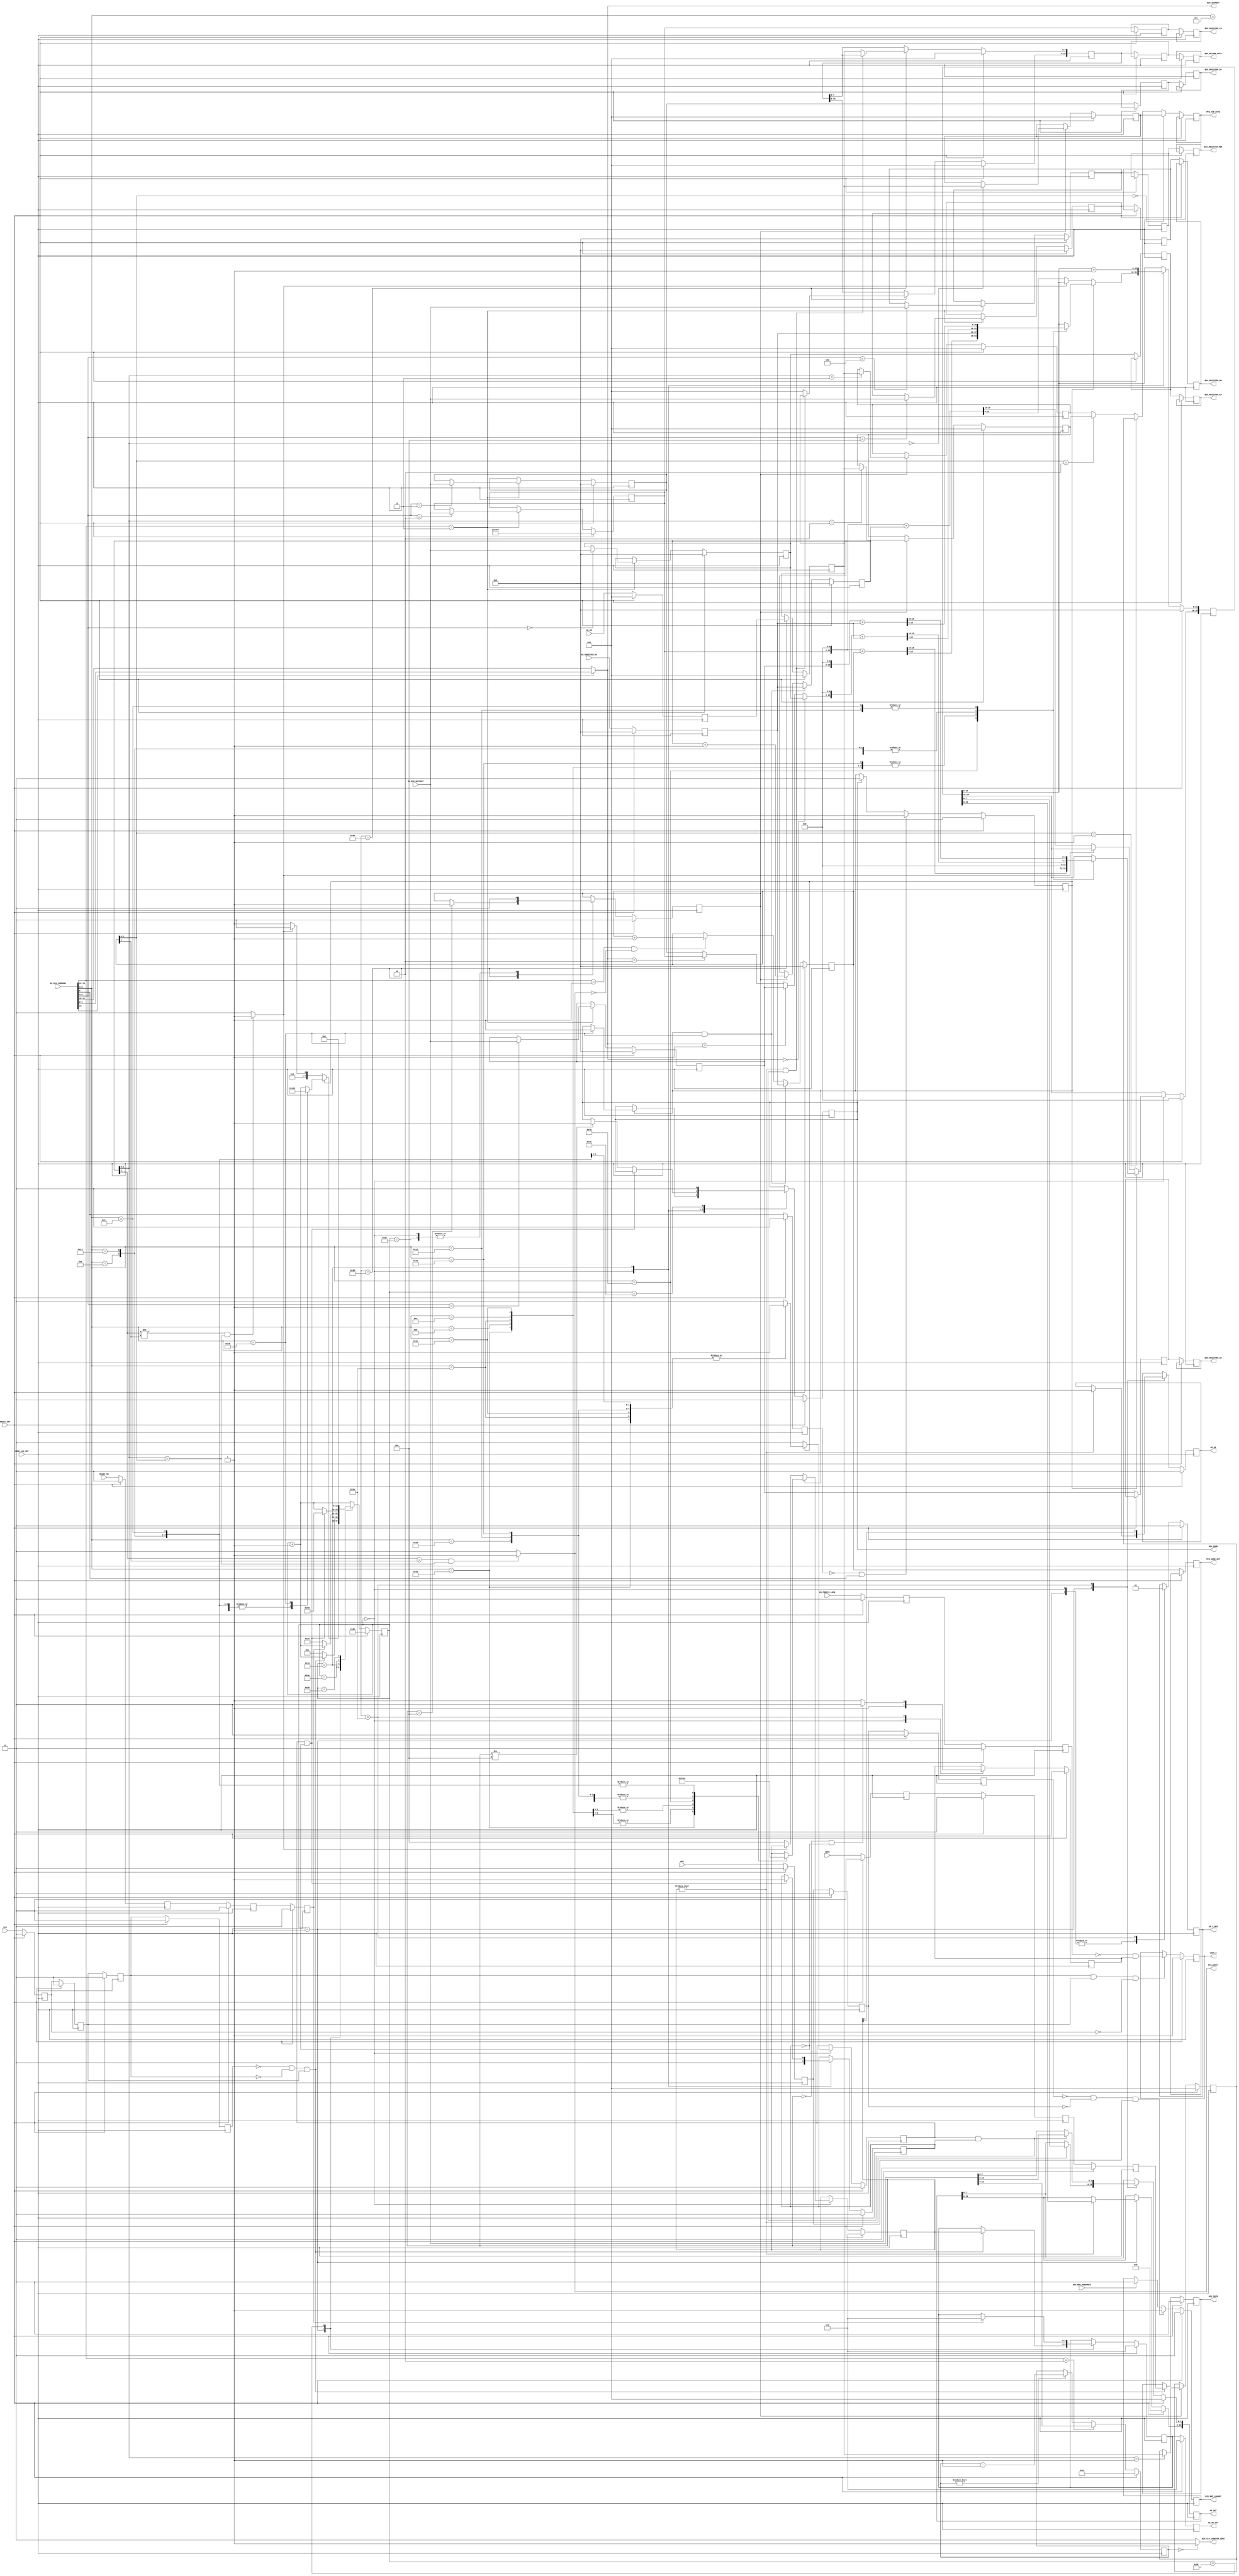
//
//
//  Used on     :
//  Creation    :  10/8/2015
//  Code Type   :  Synthesizable
//
//   Description:
//   ============
//
//  Bus Interface Unit of the i8088 processor in Maximum Bus Mode
//
//------------------------------------------------------------------------
//
// Modification History:
// =====================
//
// Revision 1.0 10/8/15
// Initial revision
//
//
//------------------------------------------------------------------------
//
// Copyright (c) 2020 Ted Fried
//
// Permission is hereby granted, free of charge, to any person obtaining a copy
// of this software and associated documentation files (the "Software"), to deal
// in the Software without restriction, including without limitation the rights
// to use, copy, modify, merge, publish, distribute, sublicense, and/or sell
// copies of the Software, and to permit persons to whom the Software is
// furnished to do so, subject to the following conditions:
//
// The above copyright notice and this permission notice shall be included in all
// copies or substantial portions of the Software.
//
// THE SOFTWARE IS PROVIDED "AS IS", WITHOUT WARRANTY OF ANY KIND, EXPRESS OR
// IMPLIED, INCLUDING BUT NOT LIMITED TO THE WARRANTIES OF MERCHANTABILITY,
// FITNESS FOR A PARTICULAR PURPOSE AND NONINFRINGEMENT. IN NO EVENT SHALL THE
// AUTHORS OR COPYRIGHT HOLDERS BE LIABLE FOR ANY CLAIM, DAMAGES OR OTHER
// LIABILITY, WHETHER IN AN ACTION OF CONTRACT, TORT OR OTHERWISE, ARISING FROM,
// OUT OF OR IN CONNECTION WITH THE SOFTWARE OR THE USE OR OTHER DEALINGS IN THE
// SOFTWARE.
//
//------------------------------------------------------------------------


module biu_max
  (
    input               CORE_CLK_INT,           // Core Clock


    input               CLK,                    // 8088 Pins
    input               RESET_INT,
    input               READY_IN,
    input               NMI,
    input               INTR,
    output reg          LOCK_n,
    output reg          AD_OE,
    output reg [19:0]   AD_OUT,
    input  [7:0]        AD_IN,
    output reg          S6_3_MUX,
    output reg [2:0]    S2_S0_OUT,


    input  [15:0]       EU_BIU_COMMAND,         // EU to BIU Signals
    input  [15:0]       EU_BIU_DATAOUT,
    input  [15:0]       EU_REGISTER_R3,
    input               EU_PREFIX_LOCK,


    output              BIU_DONE,               // BIU to EU Signals
    output              BIU_CLK_COUNTER_ZERO,
    output [1:0]        BIU_SEGMENT,
    output              BIU_NMI_CAUGHT,
    input               BIU_NMI_DEBOUNCE,
    output reg          BIU_INTR,

    output [7:0]        PFQ_TOP_BYTE,
    output              PFQ_EMPTY,
    output[15:0]        PFQ_ADDR_OUT,

    output [15:0]       BIU_REGISTER_ES,
    output [15:0]       BIU_REGISTER_SS,
    output [15:0]       BIU_REGISTER_CS,
    output [15:0]       BIU_REGISTER_DS,
    output [15:0]       BIU_REGISTER_RM,
    output [15:0]       BIU_REGISTER_REG,
    output [15:0]       BIU_RETURN_DATA


  );

//------------------------------------------------------------------------


// Internal Signals

reg   biu_done_int;
reg   biu_lock_n_int;
reg   byte_num;
reg   clk_d1;
reg   clk_d2;
reg   clk_d3;
reg   clk_d4;
reg   eu_biu_req_caught;
reg   eu_biu_req_d1;
reg   eu_prefix_lock_d1;
reg   eu_prefix_lock_d2;
reg   intr_d1;
reg   intr_d2;
reg   intr_d3;
reg   nmi_caught;
reg   nmi_d1;
reg   nmi_d2;
reg   nmi_d3;
reg   pfq_write;
reg   ready_d1;
reg   ready_d2;
reg   ready_d3;
reg   word_cycle;
wire  eu_biu_req;
wire  eu_prefix_seg;
wire  pfq_empty;
reg  [7:0]  ad_in_int;
reg  [19:0] addr_out_temp;
reg  [7:0]  biu_state;
reg  [15:0] biu_register_cs;
reg  [15:0] biu_register_es;
reg  [15:0] biu_register_ss;
reg  [15:0] biu_register_ds;
reg  [15:0] biu_register_rm;
reg  [15:0] biu_register_reg;
reg  [15:0] biu_register_cs_d1;
reg  [15:0] biu_register_es_d1;
reg  [15:0] biu_register_ss_d1;
reg  [15:0] biu_register_ds_d1;
reg  [15:0] biu_register_rm_d1;
reg  [15:0] biu_register_reg_d1;
reg  [15:0] biu_register_cs_d2;
reg  [15:0] biu_register_es_d2;
reg  [15:0] biu_register_ss_d2;
reg  [15:0] biu_register_ds_d2;
reg  [15:0] biu_register_rm_d2;
reg  [15:0] biu_register_reg_d2;
reg  [15:0] biu_return_data_int;
reg  [15:0] biu_return_data_int_d1;
reg  [15:0] biu_return_data_int_d2;
reg  [12:0] clock_cycle_counter;
reg  [15:0] eu_register_r3_d;
reg  [7:0]  latched_data_in;
reg  [15:0] pfq_addr_out;
reg  [7:0]  pfq_entry0;
reg  [7:0]  pfq_entry1;
reg  [7:0]  pfq_entry2;
reg  [7:0]  pfq_entry3;
reg  [15:0] pfq_addr_in;
reg  [7:0]  pfq_top_byte_int_d1;
reg  [15:0] pfq_addr_out_d1;
reg  [2:0]  s_bits;
reg  [2:0]  s2_s0_out_int;
wire [15:0] biu_muxed_segment;
wire [1:0]  biu_segment;
wire [1:0]  eu_biu_strobe;
wire [1:0]  eu_biu_segment;
wire [4:0]  eu_biu_req_code;
wire [1:0]  eu_qs_out;
wire [1:0]  eu_segment_override_value;
wire [7:0]  pfq_top_byte_int;


//------------------------------------------------------------------------
//
// BIU  Combinationals
//
//------------------------------------------------------------------------

// Outputs to the EU
//
assign BIU_DONE                 = biu_done_int;
assign PFQ_EMPTY                = pfq_empty;
assign PFQ_ADDR_OUT             = pfq_addr_out_d1;
assign BIU_SEGMENT              = biu_segment;
assign BIU_REGISTER_ES          = biu_register_es_d2;
assign BIU_REGISTER_SS          = biu_register_ss_d2;
assign BIU_REGISTER_CS          = biu_register_cs_d2;
assign BIU_REGISTER_DS          = biu_register_ds_d2;
assign BIU_REGISTER_RM          = biu_register_rm_d2;
assign BIU_REGISTER_REG         = biu_register_reg_d2;
assign BIU_RETURN_DATA          = biu_return_data_int_d2;
assign BIU_NMI_CAUGHT           = nmi_caught;



// Input signals from the EU requesting BIU processing.
//  eu_biu_strobe[1:0] are available for only one clock cycle and cause BIU to take immediate action.
//  eu_biu_req stays asserted until the BIU is available to service the request.
//
assign eu_prefix_seg                   = EU_BIU_COMMAND[14];
assign eu_biu_strobe[1:0]              = EU_BIU_COMMAND[13:12]; // 01=opcode fetch 10=clock load 11=load segment register(eu_biu_req_code has the regiter#)
assign eu_biu_segment[1:0]             = EU_BIU_COMMAND[11:10];
assign eu_biu_req                      = EU_BIU_COMMAND[9];
assign eu_biu_req_code                 = EU_BIU_COMMAND[8:4];
assign eu_qs_out[1:0]                  = EU_BIU_COMMAND[3:2];  // Updated for every opcode fetch using biu_strobe and Jump request using eu_biu_rq
assign eu_segment_override_value[1:0]  = EU_BIU_COMMAND[1:0];



// Select either the current EU Segment or the Segment Override value.
assign biu_segment =  (eu_prefix_seg==1'b1) ? eu_segment_override_value  : eu_biu_segment;


assign biu_muxed_segment = (biu_segment==2'b00) ? biu_register_es :
                           (biu_segment==2'b01) ? biu_register_ss :
                           (biu_segment==2'b10) ? biu_register_cs :
                                                  biu_register_ds ;


// Steer the Prefetch Queue to the EU
assign pfq_top_byte_int = (pfq_addr_out[1:0]==2'b00) ? pfq_entry0 :
                      (pfq_addr_out[1:0]==2'b01) ? pfq_entry1 :
                      (pfq_addr_out[1:0]==2'b10) ? pfq_entry2 :
                                                   pfq_entry3 ;

assign PFQ_TOP_BYTE = pfq_top_byte_int_d1;

// Generate the Prefetch Queue Flags
assign pfq_full  = ( (pfq_addr_in[2]!=pfq_addr_out[2]) && (pfq_addr_in[1:0]==pfq_addr_out[1:0]) ) ?  1'b1 : 1'b0;
assign pfq_empty = ( (pfq_addr_in[2]==pfq_addr_out[2]) && (pfq_addr_in[1:0]==pfq_addr_out[1:0]) ) ?  1'b1 : 1'b0;


// Instruction cycle accuracy counter. This can be tied to '1' to disable x86 cycle compatibiliy.
assign BIU_CLK_COUNTER_ZERO = (clock_cycle_counter==13'h0000) ? 1'b1 : 1'b0;



//------------------------------------------------------------------------
//
// BIU State Machine
//
//------------------------------------------------------------------------
//

always @(posedge CORE_CLK_INT)
begin : BIU_STATE_MACHINE

  if (RESET_INT==1'b1)
    begin
      clk_d1 <= 'h0;
      clk_d2 <= 'h0;
      clk_d3 <= 'h0;
      clk_d4 <= 'h0;
      nmi_d1 <= 'h0;
      nmi_d2 <= 'h0;
      nmi_d3 <= 'h0;
      nmi_caught <= 'h0;
      eu_register_r3_d <= 'h0;
      eu_biu_req_caught <= 'h0;
      biu_register_cs <= 16'hFFFF;
      biu_register_es <= 'h0;
      biu_register_ss <= 'h0;
      biu_register_ds <= 'h0;
      biu_register_rm <= 'h0;
      biu_register_reg <= 'h0;
      clock_cycle_counter <= 'h0;
      pfq_addr_out <= 'h0;
      pfq_entry0 <= 'h0;
      pfq_entry1 <= 'h0;
      pfq_entry2 <= 'h0;
      pfq_entry3 <= 'h0;
      biu_state <= 8'hD0;
      S2_S0_OUT <= 'b111;
      s2_s0_out_int <= 'b111;
      pfq_write <= 'h0;
      pfq_addr_in <= 'h0;
      biu_lock_n_int <= 1'b1;
      S6_3_MUX <= 'h0;
      AD_OE <= 'h0;
      biu_return_data_int <= 'h0;
      biu_done_int <= 'h0;
      ready_d1 <= 'h0;
      ready_d2 <= 'h0;
      ready_d3 <= 'h0;
      eu_biu_req_d1 <= 'h0;
      latched_data_in <= 'h0;
      addr_out_temp <= 'h0;
      s_bits <= 3'b111;
      AD_OUT <= 'h0;
      word_cycle <= 1'b0;
      byte_num <= 1'b0;
      ad_in_int <= 'h0;
      BIU_INTR <= 'h0;
      eu_prefix_lock_d1 <= 'h0;
      eu_prefix_lock_d2 <= 'h0;
      LOCK_n <= 1'b1;
      intr_d1 <= 'h0;
      intr_d2 <= 'h0;
      intr_d3 <= 'h0;
    end

else
  begin


    // Register pipelining
    clk_d1 <= CLK;
    clk_d2 <= clk_d1;
    clk_d3 <= clk_d2;
    clk_d4 <= clk_d3;

    ready_d1 <= READY_IN;
    ready_d2 <= ready_d1;
    ready_d3 <= ready_d2;

    nmi_d1 <= NMI;
    nmi_d2 <= nmi_d1;
    nmi_d3 <= nmi_d2;

    intr_d1 <= INTR;
    intr_d2 <= intr_d1;
    intr_d3 <= intr_d2;


    // These signals may be pipelined from zero to two clocks.
    // They are currently pipelined by two clocks.
    biu_register_es_d1   <= biu_register_es;
    biu_register_ss_d1   <= biu_register_ss;
    biu_register_cs_d1   <= biu_register_cs;
    biu_register_ds_d1   <= biu_register_ds;
    biu_register_rm_d1   <= biu_register_rm;
    biu_register_reg_d1  <= biu_register_reg;
    biu_register_es_d2   <= biu_register_es_d1;
    biu_register_ss_d2   <= biu_register_ss_d1;
    biu_register_cs_d2   <= biu_register_cs_d1;
    biu_register_ds_d2   <= biu_register_ds_d1;
    biu_register_rm_d2   <= biu_register_rm_d1;
    biu_register_reg_d2  <= biu_register_reg_d1;


    // These signals may be pipelined from zero to one clock.
    // They are currently pipelined by one clock.
    pfq_top_byte_int_d1 <= pfq_top_byte_int;
    pfq_addr_out_d1 <= pfq_addr_out;


    // This signal may be pipelined any number of clocks as
    // long as is stable before BIU_DONE is asserted.
    biu_return_data_int_d1 <= biu_return_data_int;
    biu_return_data_int_d2 <= biu_return_data_int_d1;



    // NMI caught on it's rising edge
    if (nmi_d3==1'b0 && nmi_d2==1'b0 && nmi_d1==1'b1)
      begin
        nmi_caught <= 1'b1;
      end
    else if (BIU_NMI_DEBOUNCE==1'b1)
      begin
        nmi_caught <= 1'b0;
      end

    // INTR sampled on the rising edge of the CLK
    if (clk_d4==1'b0 && clk_d3==1'b0 && clk_d2==1'b1)
      begin
        BIU_INTR <= intr_d3;
      end

    eu_prefix_lock_d1 <= EU_PREFIX_LOCK;
    eu_prefix_lock_d2 <= eu_prefix_lock_d1;

    // Drive LOCK_n out of the chip only on the falling edge of the 8088 CLK.
    // LOCK_n can be driven by either the BIU during an INTA cycle or by the
    // LOCK prefix opcode generated by the EU.
    if (clk_d3==1'b1 && clk_d2==1'b1 && clk_d1==1'b0)
     begin
       LOCK_n <= ~eu_prefix_lock_d2 && biu_lock_n_int;
     end



    // Register pipelining in and out of the BIU.
    eu_register_r3_d <= EU_REGISTER_R3;
    ad_in_int <= AD_IN;
    S2_S0_OUT <= s2_s0_out_int;



    // Capture a bus request from the EU
    eu_biu_req_d1 <= eu_biu_req;
    if (eu_biu_req_d1==1'b0 && eu_biu_req==1'b1)
      begin
        eu_biu_req_caught <= 1'b1;
      end
    else if (biu_done_int==1'b1)
      begin
        eu_biu_req_caught <= 1'b0;
      end



    // Strobe from EU to update the segment and addressing registers
    if (eu_biu_strobe==2'b11)
      begin
        case (eu_biu_req_code[2:0])  // synthesis parallel_case
          3'h0 : biu_register_es      <= EU_BIU_DATAOUT[15:0];
          3'h1 : biu_register_ss      <= EU_BIU_DATAOUT[15:0];
          3'h2 : biu_register_cs      <= EU_BIU_DATAOUT[15:0];
          3'h3 : biu_register_ds      <= EU_BIU_DATAOUT[15:0];
          3'h4 : biu_register_rm      <= EU_BIU_DATAOUT[15:0];
          3'h5 : biu_register_reg     <= EU_BIU_DATAOUT[15:0];
          default :  ;
        endcase
      end


    // Strobe from EU to set the 8088 clock cycle counter
    if (eu_biu_strobe==2'b10)
      begin
        clock_cycle_counter <= EU_BIU_DATAOUT[12:0];
      end
    else if (clock_cycle_counter!=13'h0000)
      begin
        clock_cycle_counter <= clock_cycle_counter - 1;
      end



    // Prefetch Queue
    // --------------
    // Increment the output address of the queue upon EU fetch request strobe.
    // Update/flush the Prefetch Queue when the EU asserts the Jump request.
    // Increment the input address during prefetch queue fetches.
    //---------------------------------------------------------------------------------
    if (eu_biu_req_caught==1'b1 && eu_biu_req_code==5'h19)
      begin
        pfq_addr_out <= eu_register_r3_d; // Update the prefetch queue to the new address.
      end
    else if (eu_biu_strobe==2'b01 && pfq_empty==1'b0)
      begin
        pfq_addr_out <= pfq_addr_out + 1;  // Increment the current IP - Instruction Pointer
      end


    if (eu_biu_req_caught==1'b1 && eu_biu_req_code==5'h19)
      begin
        pfq_addr_in <= eu_register_r3_d; // Update the prefetch queue to the new address.
      end
    else if (pfq_write==1'b1)
      begin
        pfq_addr_in <= pfq_addr_in + 1;
      end



    // Write to the selected prefetch queue entry.
    if (pfq_write==1'b1)
      begin
        case (pfq_addr_in[1:0])  // synthesis parallel_case
          2'b00 : pfq_entry0 <= latched_data_in[7:0];
          2'b01 : pfq_entry1 <= latched_data_in[7:0];
          2'b10 : pfq_entry2 <= latched_data_in[7:0];
          2'b11 : pfq_entry3 <= latched_data_in[7:0];
          default :  ;
          endcase
      end





    // 8088 BIU State Machine
    // ----------------------

    biu_state <= biu_state + 1'b1;
    case (biu_state) // synthesis parallel_case

      8'h00 : begin
                // Debounce signals
                pfq_write <= 1'b0;
                biu_lock_n_int <= 1'b1;
                S6_3_MUX <= 1'b0;
                byte_num <= 1'b0;
                word_cycle <= 1'b0;


                if (eu_biu_req_caught==1'b1)
                  begin

                    case (eu_biu_req_code)  // synthesis parallel_case

                      // Interrupt ACK Cycle
                      8'h16 : begin
                                addr_out_temp <= { 4'h0 , eu_register_r3_d[15:0] };
                                //AD_OE <= 'h0;
                                word_cycle <= 1'b1;
                                s_bits <= 3'b000;
                                biu_state <= 8'h01;
                              end

                      // IO Byte Read
                      8'h08 : begin
                                addr_out_temp <= { 4'h0 , eu_register_r3_d[15:0] };
                                s_bits <= 3'b001;
                                biu_state <= 8'h01;
                              end

                      // IO Word Read
                      8'h1A : begin
                                addr_out_temp <= { 4'h0 , eu_register_r3_d[15:0] };
                                word_cycle <= 1'b1;
                                s_bits <= 3'b001;
                                biu_state <= 8'h01;
                              end

                      // IO Byte Write
                      8'h0A : begin
                                addr_out_temp <= { 4'h0 , eu_register_r3_d[15:0] };
                                s_bits <= 3'b010;
                                biu_state <= 8'h01;
                              end

                      // IO Word Write
                      8'h1C : begin
                                addr_out_temp <= { 4'h0 , eu_register_r3_d[15:0] };
                                word_cycle <= 1'b1;
                                s_bits <= 3'b010;
                                biu_state <= 8'h01;
                              end

                      // Halt Request
                      8'h18 : begin
                                addr_out_temp <= { biu_register_cs[15:0] , 4'h0 } + pfq_addr_out[15:0] ;
                                s_bits <= 3'b011;
                                biu_state <= 8'h01;
                              end

                      // Memory Byte Read
                      8'h0C : begin
                                addr_out_temp <= { biu_muxed_segment[15:0] , 4'h0 } + eu_register_r3_d[15:0];
                                s_bits <= 3'b101;
                                biu_state <= 8'h01;
                              end

                      // Memory Word Read
                      8'h10 : begin
                                addr_out_temp <= { biu_muxed_segment[15:0] , 4'h0 } + eu_register_r3_d[15:0];
                                word_cycle <= 1'b1;
                                s_bits <= 3'b101;
                                biu_state <= 8'h01;
                              end

                      // Memory Word Read from Stack Segment
                      8'h11 : begin
                                addr_out_temp <= { biu_register_ss[15:0] , 4'h0 } + eu_register_r3_d[15:0];
                                word_cycle <= 1'b1;
                                s_bits <= 3'b101;
                                biu_state <= 8'h01;
                              end

                      // Memory Word Read from Segment 0x0000 - Used for interrupt vector fetches
                      8'h12 : begin
                                addr_out_temp <= { 4'h0 , eu_register_r3_d[15:0] };
                                word_cycle <= 1'b1;
                                s_bits <= 3'b101;
                                biu_state <= 8'h01;
                              end

                      // Memory Byte Write
                      8'h0E : begin
                                addr_out_temp <= { biu_muxed_segment[15:0] , 4'h0 } + eu_register_r3_d[15:0];
                                s_bits <= 3'b110;
                                biu_state <= 8'h01;
                              end

                      // Memory Word Write
                      8'h13 : begin
                                addr_out_temp <= { biu_muxed_segment[15:0] , 4'h0 } + eu_register_r3_d[15:0];
                                word_cycle <= 1'b1;
                                s_bits <= 3'b110;
                                biu_state <= 8'h01;
                              end

                      // Memory Word Write to Stack Segment
                      8'h14 : begin
                                addr_out_temp <= { biu_register_ss[15:0] , 4'h0 } + eu_register_r3_d[15:0];
                                word_cycle <= 1'b1;
                                s_bits <= 3'b110;
                                biu_state <= 8'h01;
                              end

                      // Jump Request
                      8'h19 : begin
                                biu_done_int <= 1'b1;
                                biu_state <= 8'h46;
                              end

                      default : ;
                    endcase
                  end


                else if (pfq_full==1'b0)
                  begin
                    addr_out_temp <= { biu_register_cs[15:0] , 4'h0 } + pfq_addr_in[15:0] ;
                    s_bits <= 3'b100;
                    biu_state <= 8'h01;
                  end

                else
                  begin
                    biu_state <= 8'h00;
                  end

              end



      // Wait for the rising edge of CLK to start the bus cycle; then assert the S bits.
      // Leave AD bus hi-Z during INTA cycles.
      8'h01 :
              begin
                if (s_bits!=3'b000)
                  begin
                    AD_OE <= 1'b1;
                    AD_OUT[19:0] <= addr_out_temp[19:0];
                  end

                S6_3_MUX <= 1'b0;
                if (clk_d4==1'b0 && clk_d3==1'b0 && clk_d2==1'b1) // Wait until next CLK rising edge
                  begin
                    s2_s0_out_int <= s_bits;
                  end
                else
                  begin
                    biu_state <= 8'h01;
                  end
              end



      // On the next falling CLK edge, switch the S[6:3] bits mode and float the AD[7:0] bus if it is a read cycle, and mux data to the databus
      // Assert the LOCK_n signal on the first cycle of an INTA cycle.
      8'h1A : begin
                if (s_bits==3'b000 && byte_num==1'b0)
                  begin
                    biu_lock_n_int <= 1'b0;
                  end
                else
                  begin
                    biu_lock_n_int <= 1'b1;
                  end

                S6_3_MUX <= 1'b1;

                AD_OE <= s_bits[1]; // Turn off bus drivers for read cycles

                if (word_cycle==1'b1 && byte_num==1'b1)
                  begin
                    AD_OUT[7:0] <= EU_BIU_DATAOUT[15:8];
                  end
                else
                  begin
                    AD_OUT[7:0] <= EU_BIU_DATAOUT[7:0];
                  end
              end



      //  On the next falling CLK edge, sample the READY signal
      8'h36 : begin
                if (ready_d3==1'b0)    // Not ready yet, wait another clock cycle
                  begin
                    biu_state <= 8'h22;
                  end
                else
                  begin
                    s2_s0_out_int <= 3'b111;
                  end
              end



      //  On the next rising CLK edge, sample the data.
      8'h3D : begin
                latched_data_in <= ad_in_int;

                // If a code fetch, then write data to the prefetch queue
                if (s_bits==3'b100)
                  begin
                     pfq_write <= 1'b1;
                  end

              end



      //  Debounce the prefetch queue write pulse and increment the prefetch queue address.
      8'h3E : begin
                pfq_write <= 1'b0;
              end



      //  Steer the data
      8'h40 : begin
                if (s_bits!=3'b000 && (word_cycle==1'b1 && byte_num==1'b1))
                  begin
                    biu_return_data_int[15:8] <= latched_data_in[7:0];
                  end
                else
                  begin
                    biu_return_data_int[15:0] <= { 8'h00 , latched_data_in[7:0] };
                  end
              end



      //  On the next falling CLK edge, the cycle is complete.
      8'h45 : begin
                 addr_out_temp[15:0] <=  addr_out_temp[15:0] + 1;
                 if (word_cycle==1'b1 && byte_num==1'b0)
                   begin
                     byte_num <= 1'b1;
                     biu_state <= 8'h50;
                   end
                 else
                   begin
                     if (s_bits!=3'b100)
                       begin
                         biu_done_int <= 1'b1;
                       end
                   end
              end


      8'h46 : begin
                biu_done_int <= 1'b0;
              end


      8'h4E : begin
                biu_state <= 8'h00;
              end


      8'h58 : begin
                biu_state <= 8'h01;
              end


      default : ;
    endcase



end

end  // BIU


endmodule // biu.v